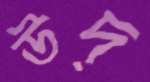
উদ্